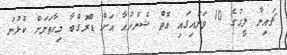
ޗައިނާ ލީގުގެ 10 ވަނައިގައި އޮތް ޝެންހުއާ އަށް ޑްރޮގްބާ މިހާތަނަށް ކުޅުނު